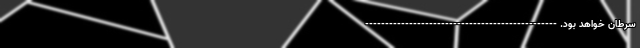
سرطان خواهد بود. ------------------------------------------------